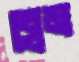
ব্লেম